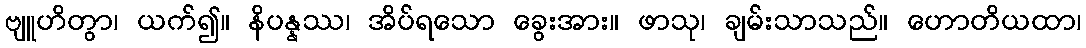
ဗျူဟိတွာ၊ ယက်၍။ နိပန္နဿ၊ အိပ်ရသော ခွေးအား။ ဖာသု၊ ချမ်းသာသည်။ ဟောတိယထာ၊